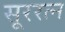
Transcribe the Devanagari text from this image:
सूररत्‍न